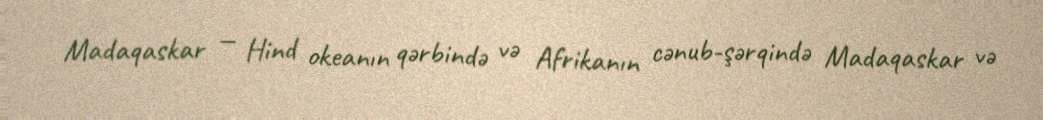
Madaqaskar — Hind okeanın qərbində və Afrikanın cənub-şərqində Madaqaskar və